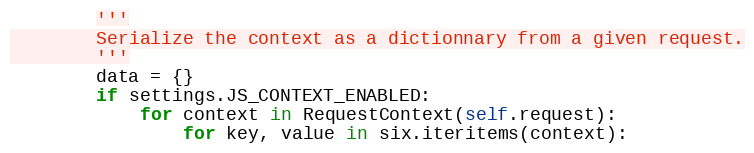
Language: Python
        '''
        Serialize the context as a dictionnary from a given request.
        '''
        data = {}
        if settings.JS_CONTEXT_ENABLED:
            for context in RequestContext(self.request):
                for key, value in six.iteritems(context):